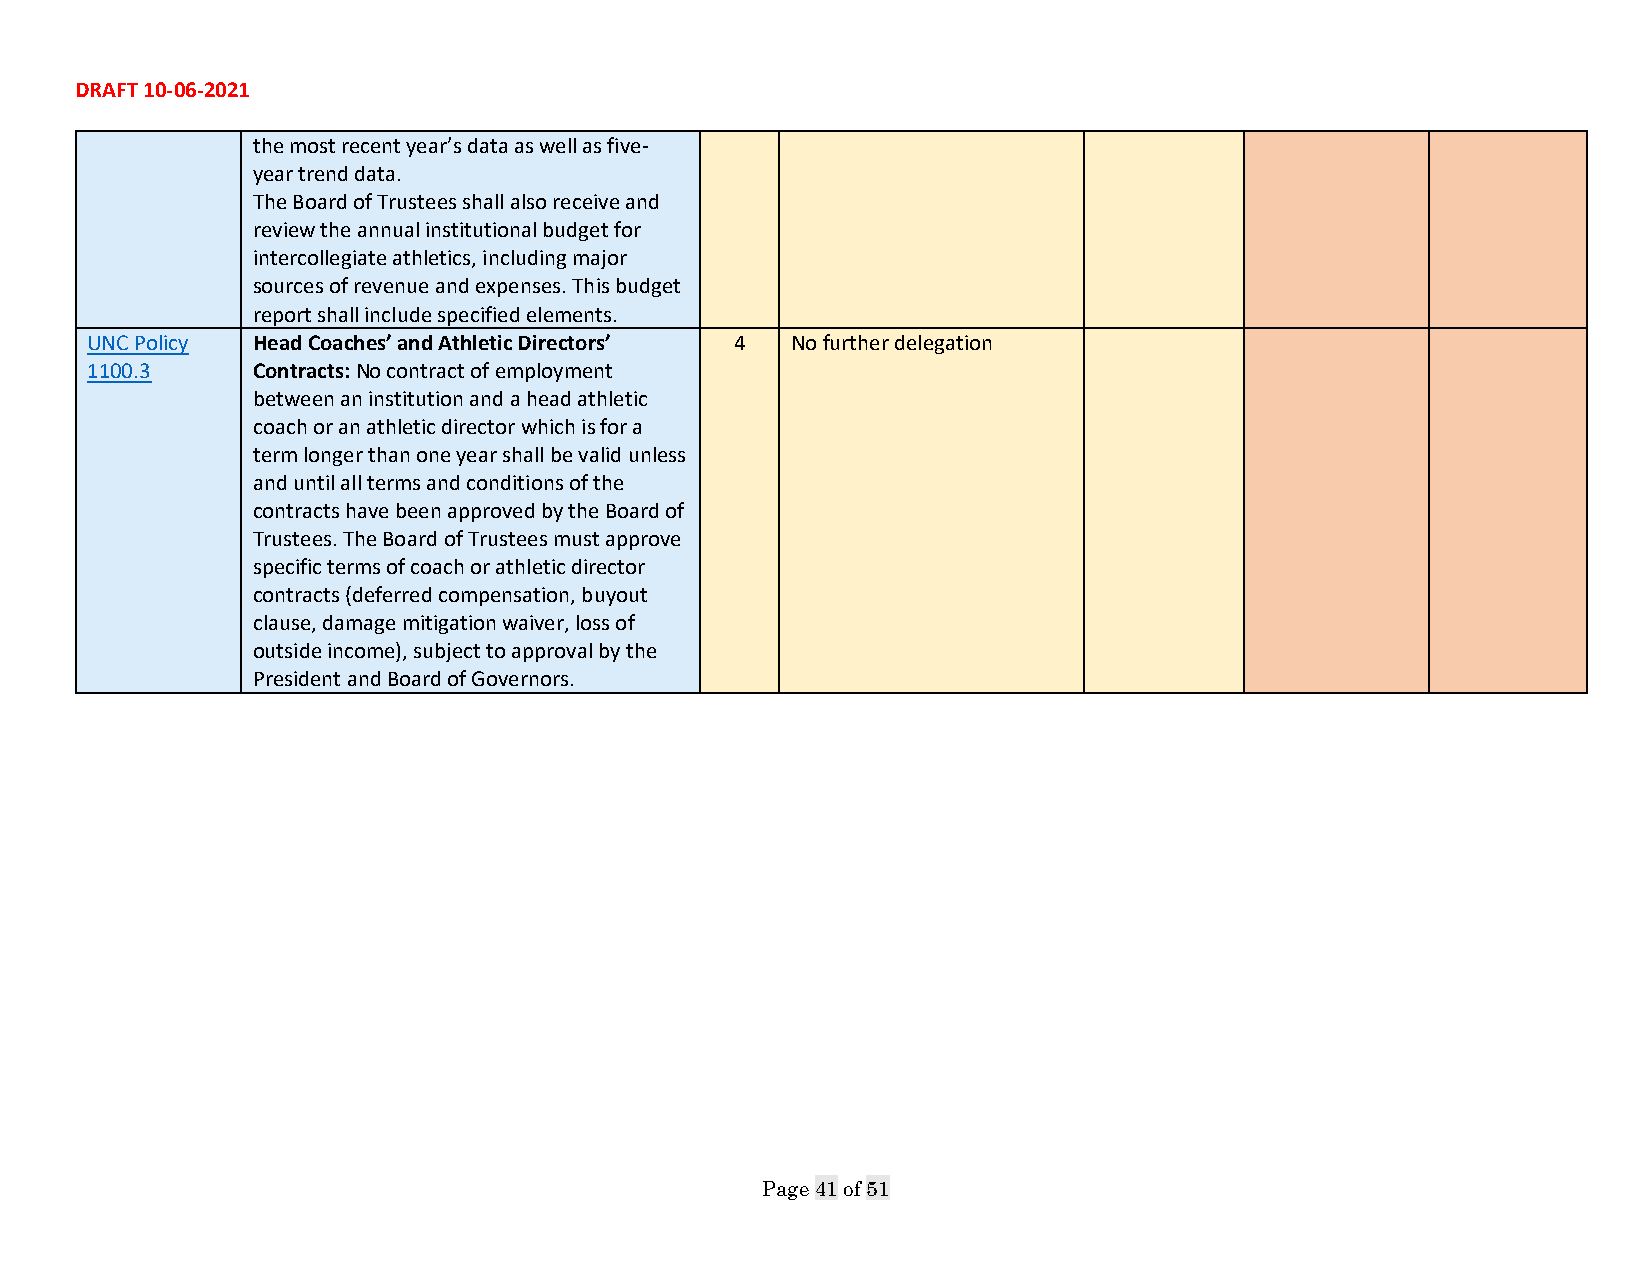
DRAFT 10-06-2021
 the most recent year’s data as well as five-
 year trend data.
 The Board of Trustees shall also receive and
 review the annual institutional budget for
 intercollegiate athletics, including major
 sources of revenue and expenses. This budget
 report shall include specified elements.
 UNC Policy Head Coaches’ and Athletic Directors’ 4 No further delegation
 1100.3     Contracts: No contract of employment
 between an institution and a head athletic
 coach or an athletic director which is for a
 term longer than one year shall be valid unless
 and until all terms and conditions of the
 contracts have been approved by the Board of
 Trustees. The Board of Trustees must approve
 specific terms of coach or athletic director
 contracts (deferred compensation, buyout
 clause, damage mitigation waiver, loss of
 outside income), subject to approval by the
 President and Board of Governors.
 Page 41 of 51